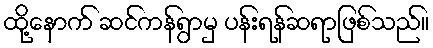
ထို့နောက် ဆင်ကန်ရွာမှ ပန်းရန်ဆရာဖြစ်သည်။